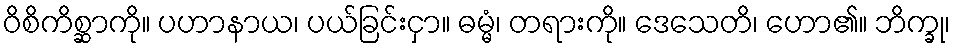
ဝိစိကိစ္ဆာကို။ ပဟာနာယ၊ ပယ်ခြင်းငှာ။ ဓမ္မံ၊ တရားကို။ ဒေသေတိ၊ ဟော၏။ ဘိက္ခု၊